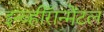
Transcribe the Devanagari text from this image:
इन्व्हीरॅान्मेंटल